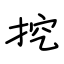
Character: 挖